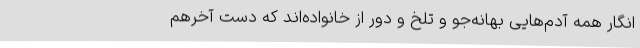
انگار همه آدم‌هایی بهانه‌جو و تلخ و دور از خانواده‌اند که دست آخرهم